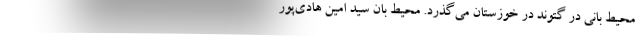
محیط بانی در گتوند در خوزستان می‌گذرد. محیط بان سید امین هادی‌پور